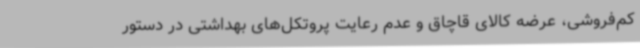
کم‌فروشی، عرضه کالای قاچاق و عدم رعایت پروتکل‌های بهداشتی در دستور